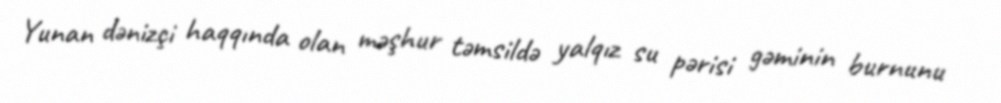
Yunan dənizçi haqqında olan məşhur təmsildə yalqız su pərisi gəminin burnunu